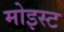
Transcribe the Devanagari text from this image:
मोइस्ट